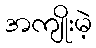
အကျိုးမဲ့